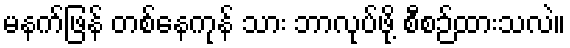
မနက်ဖြန် တစ်နေကုန် သား ဘာလုပ်ဖို့ စီစဉ်ထားသလဲ။